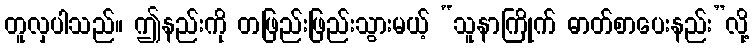
တူလှပါသည်။ ဤနည်းကို တဖြည်းဖြည်းသွားမယ့် “သူနာကြိုက် ဓာတ်စာပေးနည်း”လို့